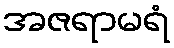
အဇရာမရံ